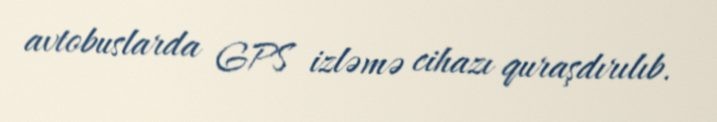
avtobuslarda GPS izləmə cihazı quraşdırılıb.